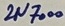
Text: 2N7000